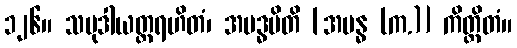
၁၂၆။ သမုဒါယတ္ထရဟိတံ၊ အဗဒ္ဓမိတိ [အဗန္ဓ (က.)] ကိတ္တိတံ။